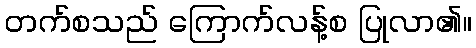
တက်စသည် ကြောက်လန့်စ ပြုလာ၏။